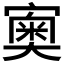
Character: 𡪿